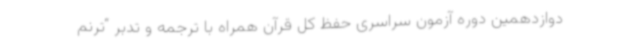
دوازدهمین دوره آزمون سراسری حفظ کل قرآن همراه با ترجمه و تدبر “ترنم